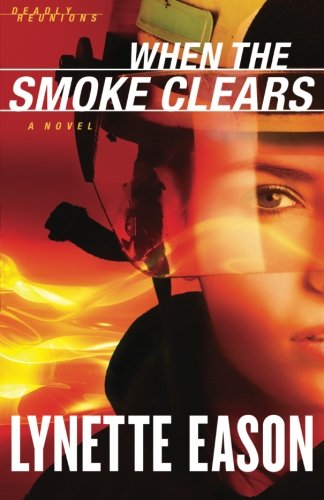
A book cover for When the Smoke Clears: A Novel (Deadly Reunions) (Volume 1); Lynette Eason; Romance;